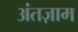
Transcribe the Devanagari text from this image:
अंतज़ाम